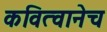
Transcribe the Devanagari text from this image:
कवित्वानेच